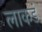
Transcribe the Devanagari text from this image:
लाकडं